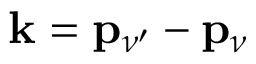
\mathbf { k } = \mathbf { p } _ { \nu ^ { \prime } } - \mathbf { p } _ { \nu }